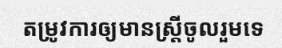
តម្រូវការឲ្យមានស្ត្រីចូលរួមទេ